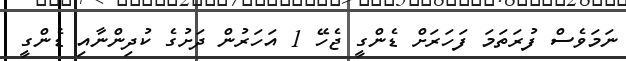
ނަމަވެސް ފުރަތަމަ ފަހަރަށް ޑެންގީ ޖެހޭ 1 އަހަރުން ދަށުގެ ކުދިންނާއި ޑެންގީ